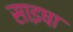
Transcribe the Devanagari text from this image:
साइषा